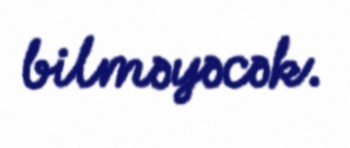
bilməyəcək.